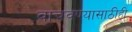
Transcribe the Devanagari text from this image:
वाचवण्यासाठीही